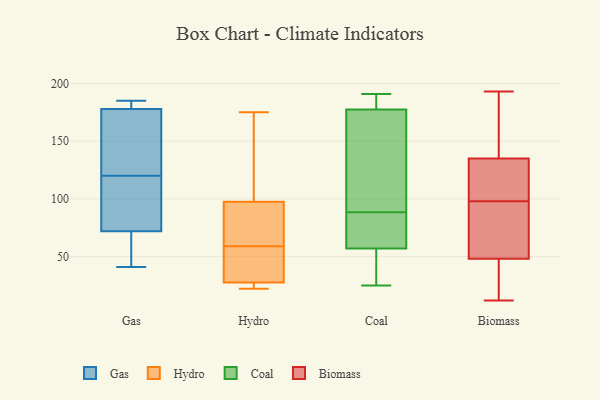
{"axis": {"x": "Tickets Resolved", "y": "Value"}, "legend": ["Biomass", "Coal", "Gas", "Hydro"], "data": [{"x": "", "y": 179, "type": "Gas"}, {"x": "", "y": 165, "type": "Gas"}, {"x": "", "y": 180, "type": "Gas"}, {"x": "", "y": 41, "type": "Gas"}, {"x": "", "y": 120, "type": "Gas"}, {"x": "", "y": 42, "type": "Gas"}, {"x": "", "y": 81, "type": "Gas"}, {"x": "", "y": 175, "type": "Gas"}, {"x": "", "y": 185, "type": "Gas"}, {"x": "", "y": 69, "type": "Gas"}, {"x": "", "y": 97, "type": "Gas"}, {"x": "", "y": 93, "type": "Hydro"}, {"x": "", "y": 30, "type": "Hydro"}, {"x": "", "y": 81, "type": "Hydro"}, {"x": "", "y": 25, "type": "Hydro"}, {"x": "", "y": 85, "type": "Hydro"}, {"x": "", "y": 102, "type": "Hydro"}, {"x": "", "y": 34, "type": "Hydro"}, {"x": "", "y": 175, "type": "Hydro"}, {"x": "", "y": 25, "type": "Hydro"}, {"x": "", "y": 22, "type": "Hydro"}, {"x": "", "y": 37, "type": "Hydro"}, {"x": "", "y": 125, "type": "Hydro"}, {"x": "", "y": 177, "type": "Coal"}, {"x": "", "y": 68, "type": "Coal"}, {"x": "", "y": 190, "type": "Coal"}, {"x": "", "y": 39, "type": "Coal"}, {"x": "", "y": 91, "type": "Coal"}, {"x": "", "y": 178, "type": "Coal"}, {"x": "", "y": 86, "type": "Coal"}, {"x": "", "y": 161, "type": "Coal"}, {"x": "", "y": 178, "type": "Coal"}, {"x": "", "y": 25, "type": "Coal"}, {"x": "", "y": 56, "type": "Coal"}, {"x": "", "y": 58, "type": "Coal"}, {"x": "", "y": 36, "type": "Coal"}, {"x": "", "y": 102, "type": "Coal"}, {"x": "", "y": 78, "type": "Coal"}, {"x": "", "y": 98, "type": "Coal"}, {"x": "", "y": 68, "type": "Coal"}, {"x": "", "y": 54, "type": "Coal"}, {"x": "", "y": 178, "type": "Coal"}, {"x": "", "y": 191, "type": "Coal"}, {"x": "", "y": 170, "type": "Biomass"}, {"x": "", "y": 19, "type": "Biomass"}, {"x": "", "y": 98, "type": "Biomass"}, {"x": "", "y": 193, "type": "Biomass"}, {"x": "", "y": 135, "type": "Biomass"}, {"x": "", "y": 70, "type": "Biomass"}, {"x": "", "y": 104, "type": "Biomass"}, {"x": "", "y": 98, "type": "Biomass"}, {"x": "", "y": 48, "type": "Biomass"}, {"x": "", "y": 12, "type": "Biomass"}]}